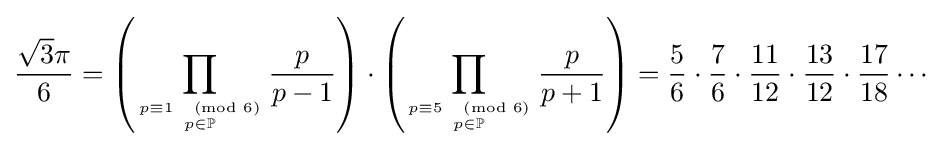
{\frac {{\sqrt {3}}\pi }{6}}=\left(\displaystyle \prod _{p\equiv 1{\pmod {6}} \atop p\in \mathbb {P} }{\frac {p}{p-1}}\right)\cdot \left(\displaystyle \prod _{p\equiv 5{\pmod {6}} \atop p\in \mathbb {P} }{\frac {p}{p+1}}\right)={\frac {5}{6}}\cdot {\frac {7}{6}}\cdot {\frac {11}{12}}\cdot {\frac {13}{12}}\cdot {\frac {17}{18}}\cdots